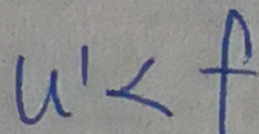
u ^ { 1 } < f